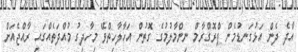
އާދެ ދެން އަޅުގަނޑުމެން ޕްރޮގްރާމް ނިންމާލުމުގެ ގޮތުން އަހާލާހިތްވޭ މިހާދިގު މުއްދަތެއްގައި ރާއްޖެއަށް